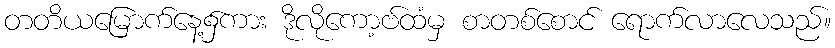
တတိယမြောက်နေ့၌ကား ဒိုလိုကော့ဗ်ထံမှ စာတစ်စောင် ရောက်လာလေသည်။